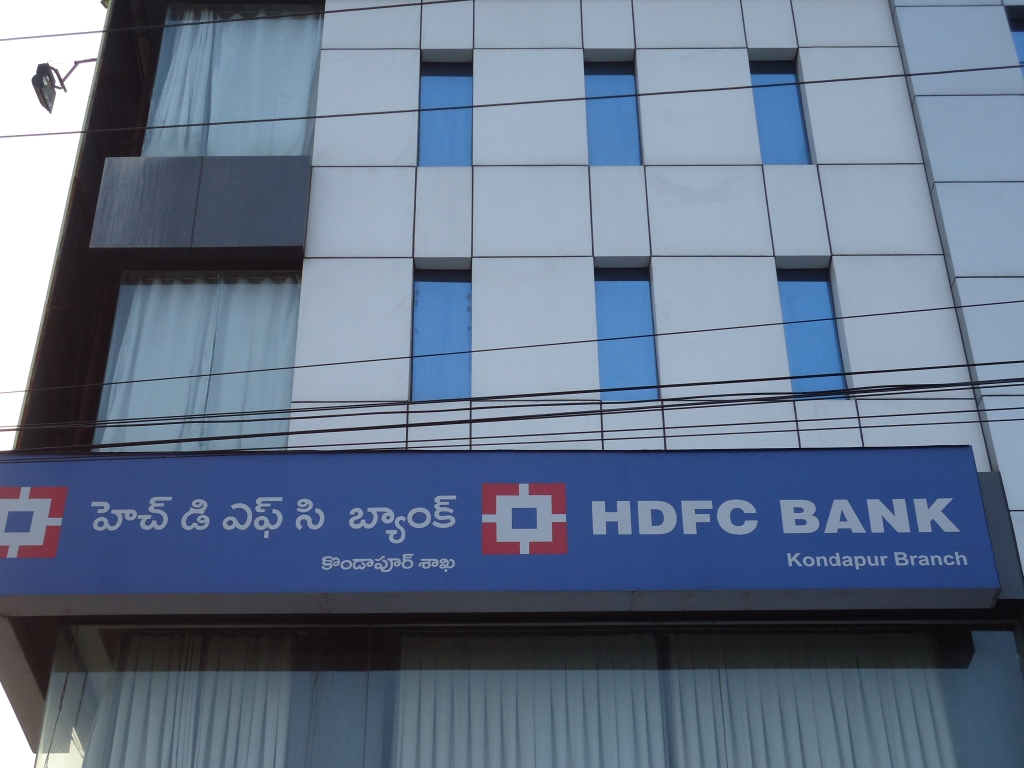
Language: telugu
Transcription: హెచ్ డి బ్యాంక్ కొండాపూర్ ఎఫ్ సి శాఖ